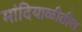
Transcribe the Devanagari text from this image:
मांदियाळीतील